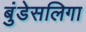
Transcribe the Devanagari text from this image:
बुंडेसलिगा